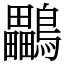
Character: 鸓